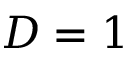
D = 1